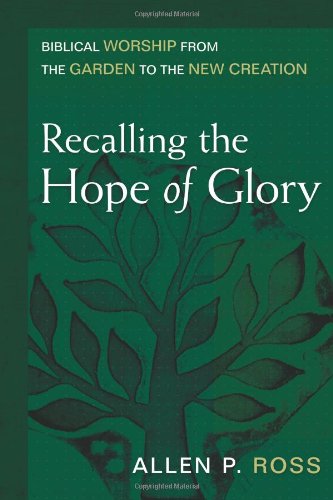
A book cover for Recalling the Hope of Glory; Allen Ross; Christian Books & Bibles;